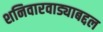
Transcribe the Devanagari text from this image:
शनिवारवाड्याबद्दल